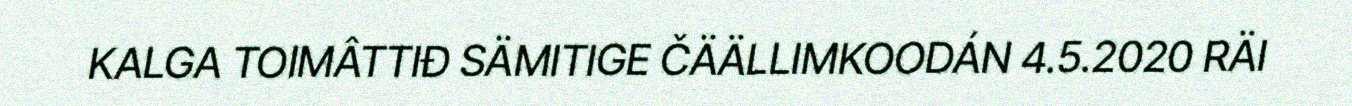
KALGA TOIMÂTTIĐ SÄMITIGE ČÄÄLLIMKOODÁN 4.5.2020 RÄI